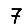
Digit: 7